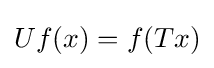
Uf(x)=f(Tx)